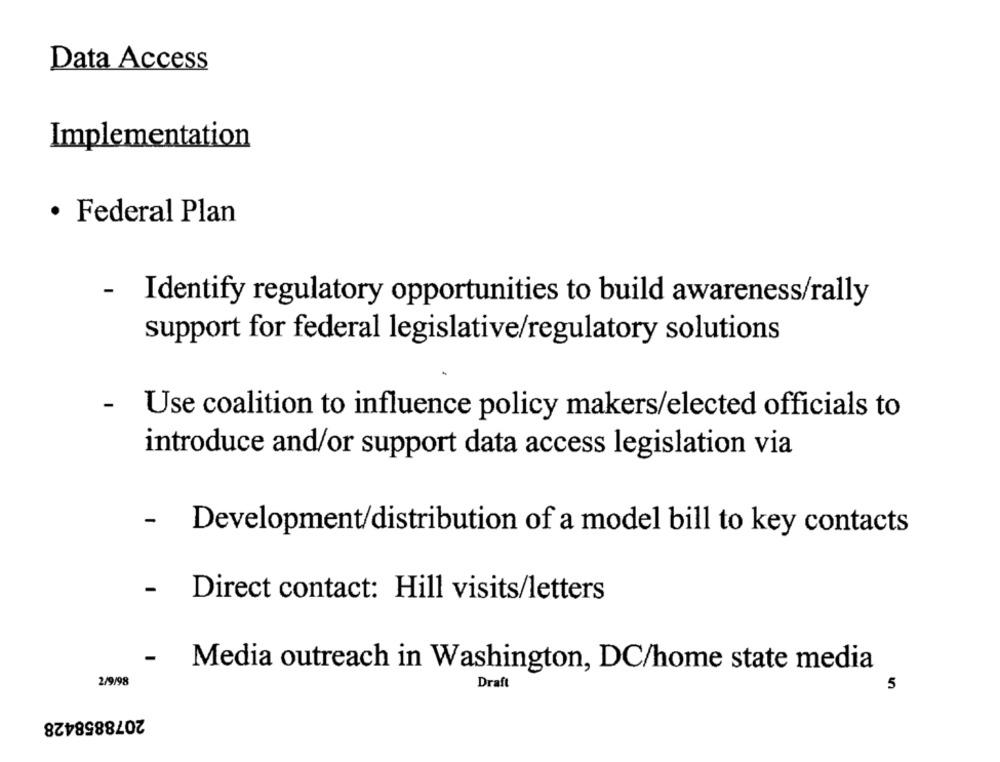
Data Access
Implementation
· Federal Plan
- Identify regulatory opportunities to build awareness/rally
support for federal legislative/regulatory solutions
- Use coalition to influence policy makers/elected officials to
introduce and/or support data access legislation via
- Development/distribution of a model bill to key contacts
- Direct contact: Hill visits/letters
- Media outreach in Washington, DC/home state media
2/9/98
Draft
5
2078858428